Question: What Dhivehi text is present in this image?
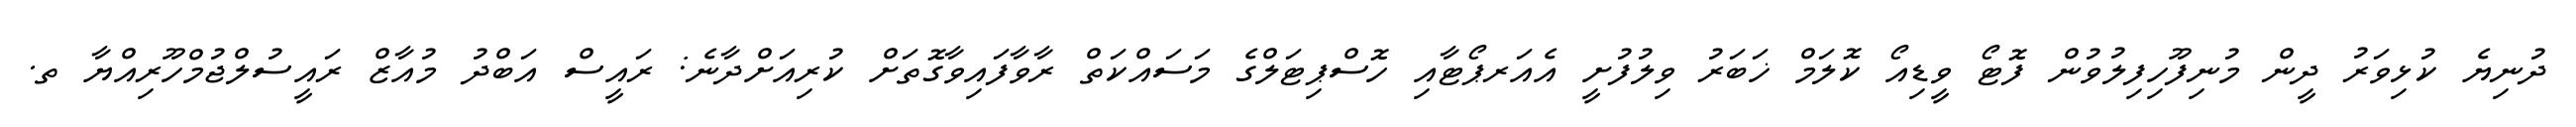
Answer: ދުނިޔެ ކުޅިވަރު ދީން މުނިފޫހިފިލުވުން ފޮޓޯ ވީޑިއޯ ކޮލަމް ޚަބަރު ވިލުފުށީ އެއަރޕޯޓާއި ހޮސްޕިޓަލްގެ މަސައްކަތް ރާވާފައިވާގޮތަށް ކުރިއަށްދާނެ: ރައީސް އަބްދު މުއާޒް ރައީސުލްޖުމްހޫރިއްޔާ ތ.